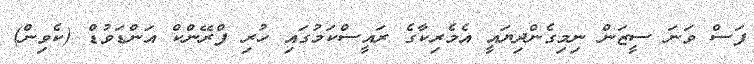
ފަސް ވަނަ ސީޒަން ނިމިގެންދިޔައީ އެމެރިކާގެ ރައީސްކަމުގައި ހުރި ފްރޭންކް އަންޑަވުޑް (ކެވިން)